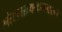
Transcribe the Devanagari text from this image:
मोटरसायकलवरून